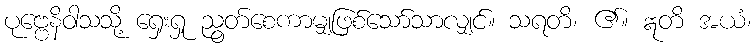
ပုဗ္ဗေနိဝါသသို့ ရှေးရှု ညွတ်စေကာမျှဖြစ်သော်သာလျှင်။ သရတိ၊ ၏။ ဣတိ အယံ၊